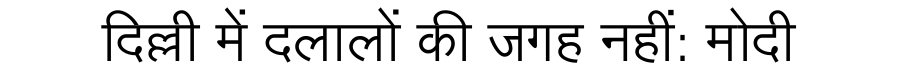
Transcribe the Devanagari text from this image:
दिल्ली में दलालों की जगह नहीं: मोदी